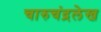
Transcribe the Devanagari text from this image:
चारुचंद्रलेख